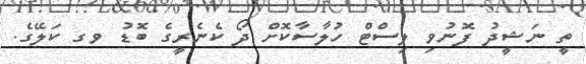
ތީ ނަޝީދު ފޮނުވި ލިސްޓް ހުލާސާކޮށް ދޯ ކެނެރީގެ ބޮޑު ވގ ކަލޭގެ.